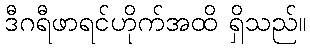
ဒီဂရီဖာရင်ဟိုက်အထိ ရှိသည်။